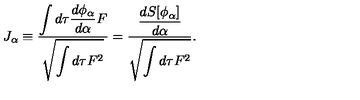
J _ { \alpha } \equiv { \frac { \displaystyle \int d \tau { \frac { d \phi _ { \alpha } } { d \alpha } } F } { \displaystyle \sqrt { \int d \tau F ^ { 2 } } } } = { \frac { \displaystyle { \frac { d S [ \phi _ { \alpha } ] } { d \alpha } } } { \displaystyle \sqrt { \int d \tau F ^ { 2 } } } } .